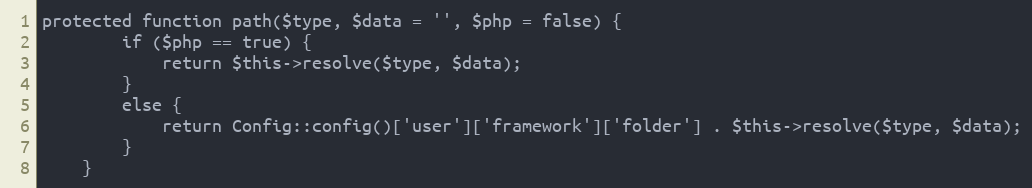
Language: PHP
protected function path($type, $data = '', $php = false) {
        if ($php == true) {
            return $this->resolve($type, $data);
        }
        else {
            return Config::config()['user']['framework']['folder'] . $this->resolve($type, $data);
        }
    }